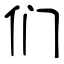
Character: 们